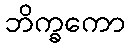
ဘိက္ခကော